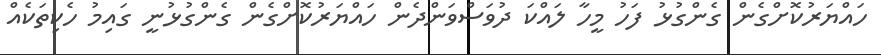
ހައްޔަރުކޮށްގެން ގެންގުޅު ފަހު މީހާ ލައްކަ ދުވަސްވަންދެން ހައްޔަރުކޮށްގެން ގެންގުޅުނީ ގައިމު ހެކިތަކެއް